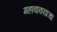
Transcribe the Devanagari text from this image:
महावाक्याचा